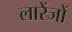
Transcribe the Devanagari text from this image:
लारेंजों